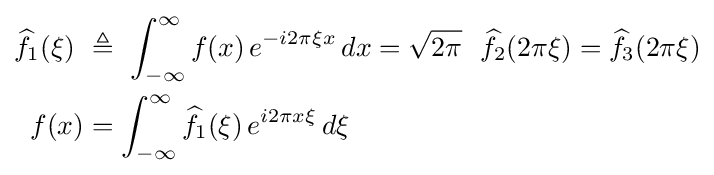
{\begin{aligned}{\widehat {f}}_{1}(\xi )\ &\triangleq \ \int _{-\infty }^{\infty }f(x)\,e^{-i2\pi \xi x}\,dx={\sqrt {2\pi }}\ \ {\widehat {f}}_{2}(2\pi \xi )={\widehat {f}}_{3}(2\pi \xi )\\f(x)&=\int _{-\infty }^{\infty }{\widehat {f}}_{1}(\xi )\,e^{i2\pi x\xi }\,d\xi \end{aligned}}